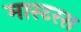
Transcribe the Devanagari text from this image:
मास्टरस